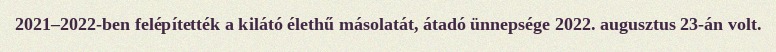
2021–2022-ben felépítették a kilátó élethű másolatát, átadó ünnepsége 2022. augusztus 23-án volt.